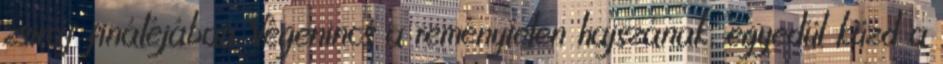
zsiráf fináléjában. Végenincs a reménytelen hajszának, egyedül küzd a